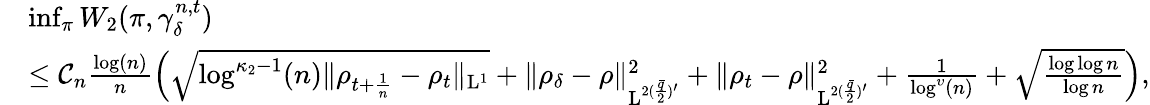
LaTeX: \begin{array}{rl}&{\operatorname*{inf}_{\pi}W_{2}(\pi,\gamma_{\delta}^{n,t})}\\ &{\leq\mathcal{C}_{n}\frac{\log(n)}{n}\Big(\sqrt{\log^{\kappa_{2}-1}(n)\| \rho_{t+\frac{1}{n}}-\rho_{t}\| _{\mathrm{L}^{1}}}+\| \rho_{\delta}-\rho\| _{\mathrm{L}^{2(\frac{\bar{q}}{2})^{\prime}}}^{2}+\| \rho_{t}-\rho\| _{\mathrm{L}^{2(\frac{\bar{q}}{2})^{\prime}}}^{2}+\frac{1}{\log^{\upsilon}(n)}+\sqrt{\frac{\log\log n}{\log n}}\Big),}\end{array}